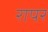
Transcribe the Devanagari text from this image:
रापर